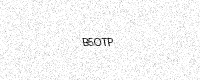
Text: B5OTP